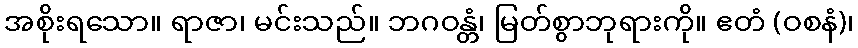
အစိုးရသော။ ရာဇာ၊ မင်းသည်။ ဘဂဝန္တံ၊ မြတ်စွာဘုရားကို။ ဧတံ (ဝစနံ)၊